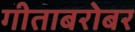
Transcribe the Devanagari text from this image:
गीताबरोबर